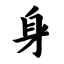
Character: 身